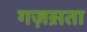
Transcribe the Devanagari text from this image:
गज़स़ता